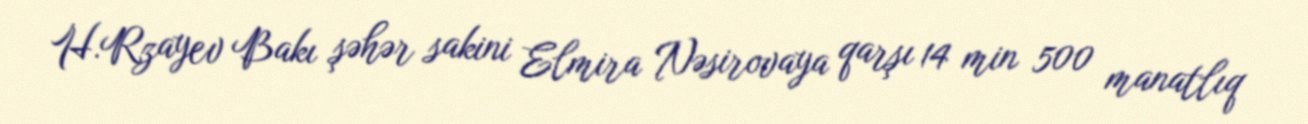
H.Rzayev Bakı şəhər sakini Elmira Nəsirovaya qarşı 14 min 500 manatlıq